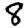
Digit: 8